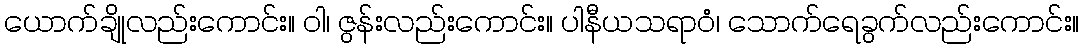
ယောက်ချိုလည်းကောင်း။ ဝါ၊ ဇွန်းလည်းကောင်း။ ပါနီယသရာဝံ၊ သောက်ရေခွက်လည်းကောင်း။